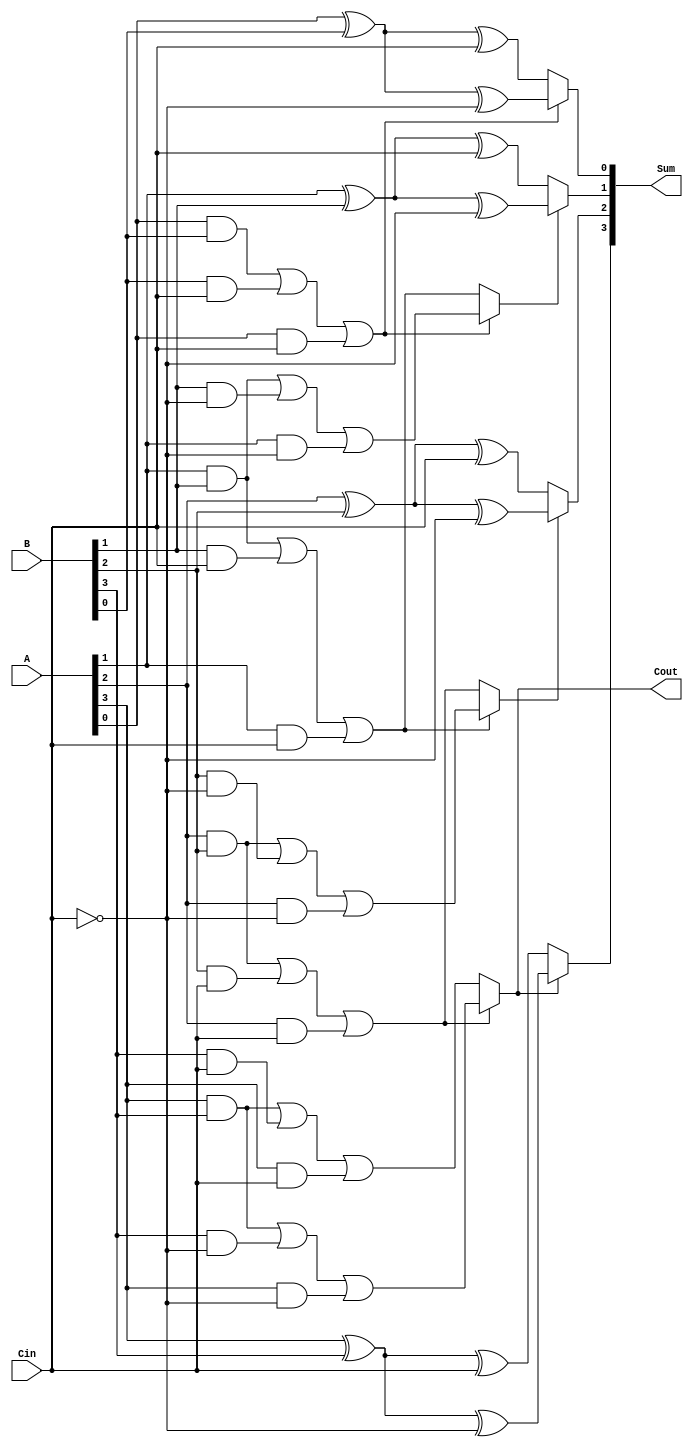
module conditional_sum_adder #(parameter N = 4) (
    input [N-1:0] A,      // First n-bit input
    input [N-1:0] B,      // Second n-bit input
    input Cin,            // Carry-in
    output [N-1:0] Sum,   // n-bit sum output
    output Cout           // Carry-out
);

    wire [N-1:0] S0;      // Partial sums when Cin = 0
    wire [N-1:0] S1;      // Partial sums when Cin = 1
    wire [N-1:0] C0;      // Carry outputs when Cin = 0
    wire [N-1:0] C1;      // Carry outputs when Cin = 1
    wire [N-1:0] C;       // Carry signals for multiplexer selection

    // Generate partial sums and carry for each bit
    genvar i;
    generate
        for (i = 0; i < N; i = i + 1) begin: CSA_BIT
            // Calculate partial sums
            assign S0[i] = A[i] ^ B[i] ^ Cin;                     // S0[i] when Cin = 0
            assign S1[i] = A[i] ^ B[i] ^ ~Cin;                    // S1[i] when Cin = 1

            // Calculate carry outputs
            assign C0[i] = (A[i] & B[i]) | (B[i] & Cin) | (A[i] & Cin); // Carry when Cin = 0
            assign C1[i] = (A[i] & B[i]) | (B[i] & ~Cin) | (A[i] & ~Cin); // Carry when Cin = 1
        end
    endgenerate

    // Generate carry signals for selection
    assign C[0] = C0[0]; // First carry is the same for both cases
    generate
        for (i = 1; i < N; i = i + 1) begin: CARRY_SELECT
            assign C[i] = C0[i-1] ? C1[i] : C0[i]; // Select carry based on previous carry
        end
    endgenerate

    // MUX to select the final sum based on the carry signals
    generate
        for (i = 0; i < N; i = i + 1) begin: SUM_SELECT
            assign Sum[i] = C[i] ? S1[i] : S0[i]; // Select sum based on carry
        end
    endgenerate

    // Final carry out is the last carry signal
    assign Cout = C[N-1];

endmodule